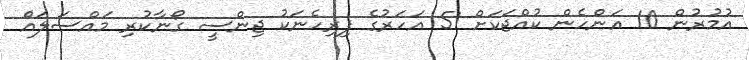
އުމުރުން 10 އަންހެން ކުއްޖަކަށް 51 އަހަރުގެ ފިރިހެނަކު ޖިންސީ ގޯނާކުރި މައްސަލައެް